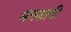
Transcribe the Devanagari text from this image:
मंगकायी